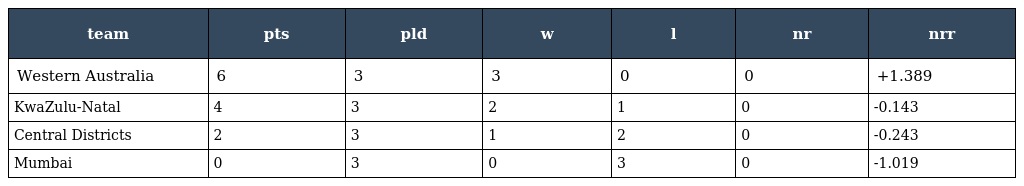
| team | pts | pld | w | l | nr | nrr |
 | --- | --- | --- | --- | --- | --- | --- |
 | Western Australia | 6 | 3 | 3 | 0 | 0 | +1.389 |
 | KwaZulu-Natal | 4 | 3 | 2 | 1 | 0 | -0.143 |
 | Central Districts | 2 | 3 | 1 | 2 | 0 | -0.243 |
 | Mumbai | 0 | 3 | 0 | 3 | 0 | -1.019 |